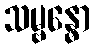
သမ္ဗန္ဓော